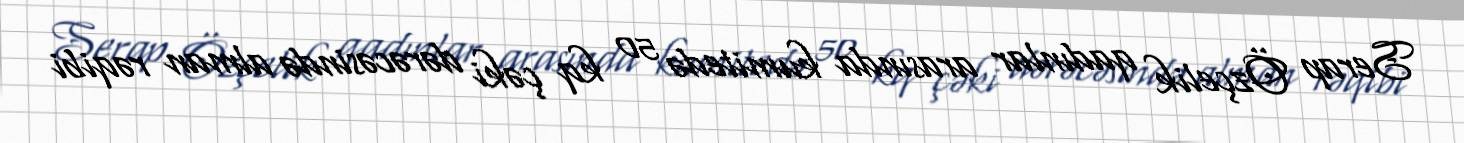
Serap Özçelik qadınlar arasında kumitedə 50 kq çəki dərəcəsində alman rəqibi